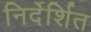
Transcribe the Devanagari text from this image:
निर्देर्शित